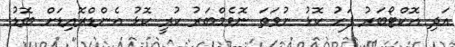
އަދި އޮކްޓޯބަރު ފަހު ކޮޅު ނުވަތަ ނޮވެމްބަރު ކުރީ ކޮޅު އެންޑްރޮއިޑަށް ބޮޑު